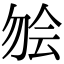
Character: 𫧃